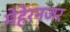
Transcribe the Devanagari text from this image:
मेहेरनजर